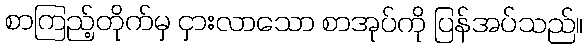
စာကြည့်တိုက်မှ ငှားလာသော စာအုပ်ကို ပြန်အပ်သည်။